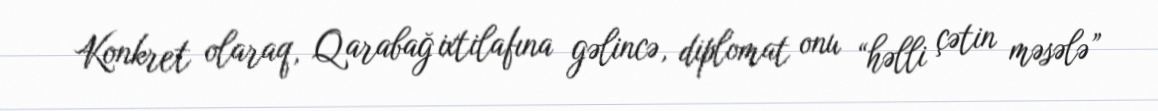
Konkret olaraq, Qarabağ ixtilafına gəlincə, diplomat onu “həlli çətin məsələ”